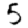
Digit: 5